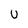
Character: U